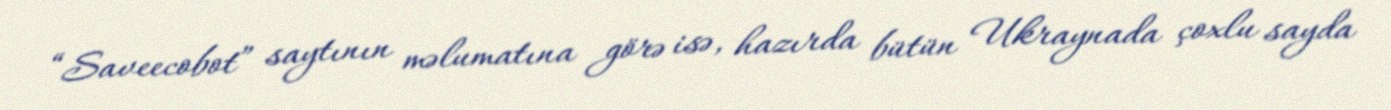
“Saveecobot” saytının məlumatına görə isə, hazırda bütün Ukraynada çoxlu sayda